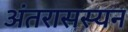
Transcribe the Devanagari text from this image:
अंतरासस्यन